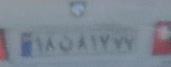
۱۸ن۸۱۷۷۷